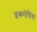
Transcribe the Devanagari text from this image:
इकरोसिया